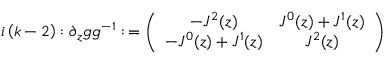
i \left( k - 2 \right) : \partial _ { z } g g ^ { - 1 } : \, = \left( \begin{array} { c c } { { - J ^ { 2 } ( z ) } } & { { J ^ { 0 } ( z ) + J ^ { 1 } ( z ) } } \\ { { - J ^ { 0 } ( z ) + J ^ { 1 } ( z ) } } & { { J ^ { 2 } ( z ) } } \end{array} \right)